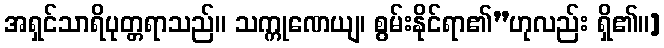
အရှင်သာရိပုတ္တရာသည်။ သက္ကုဏေယျ၊ စွမ်းနိုင်ရာ၏”ဟုလည်း ရှိ၏။]